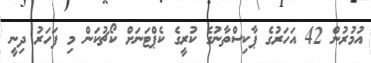
އުމުރުން 42 އަހަރުގެ ޕާކިސްތާނުގެ ކުރީގެ ކެޕްޓަނަށް ކޯޗުކަން މި ފަހަރު ދިނީ